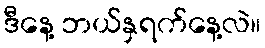
ဒီနေ့ ဘယ်နှရက်နေ့လဲ။